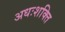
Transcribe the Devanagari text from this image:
अधःशक्ति